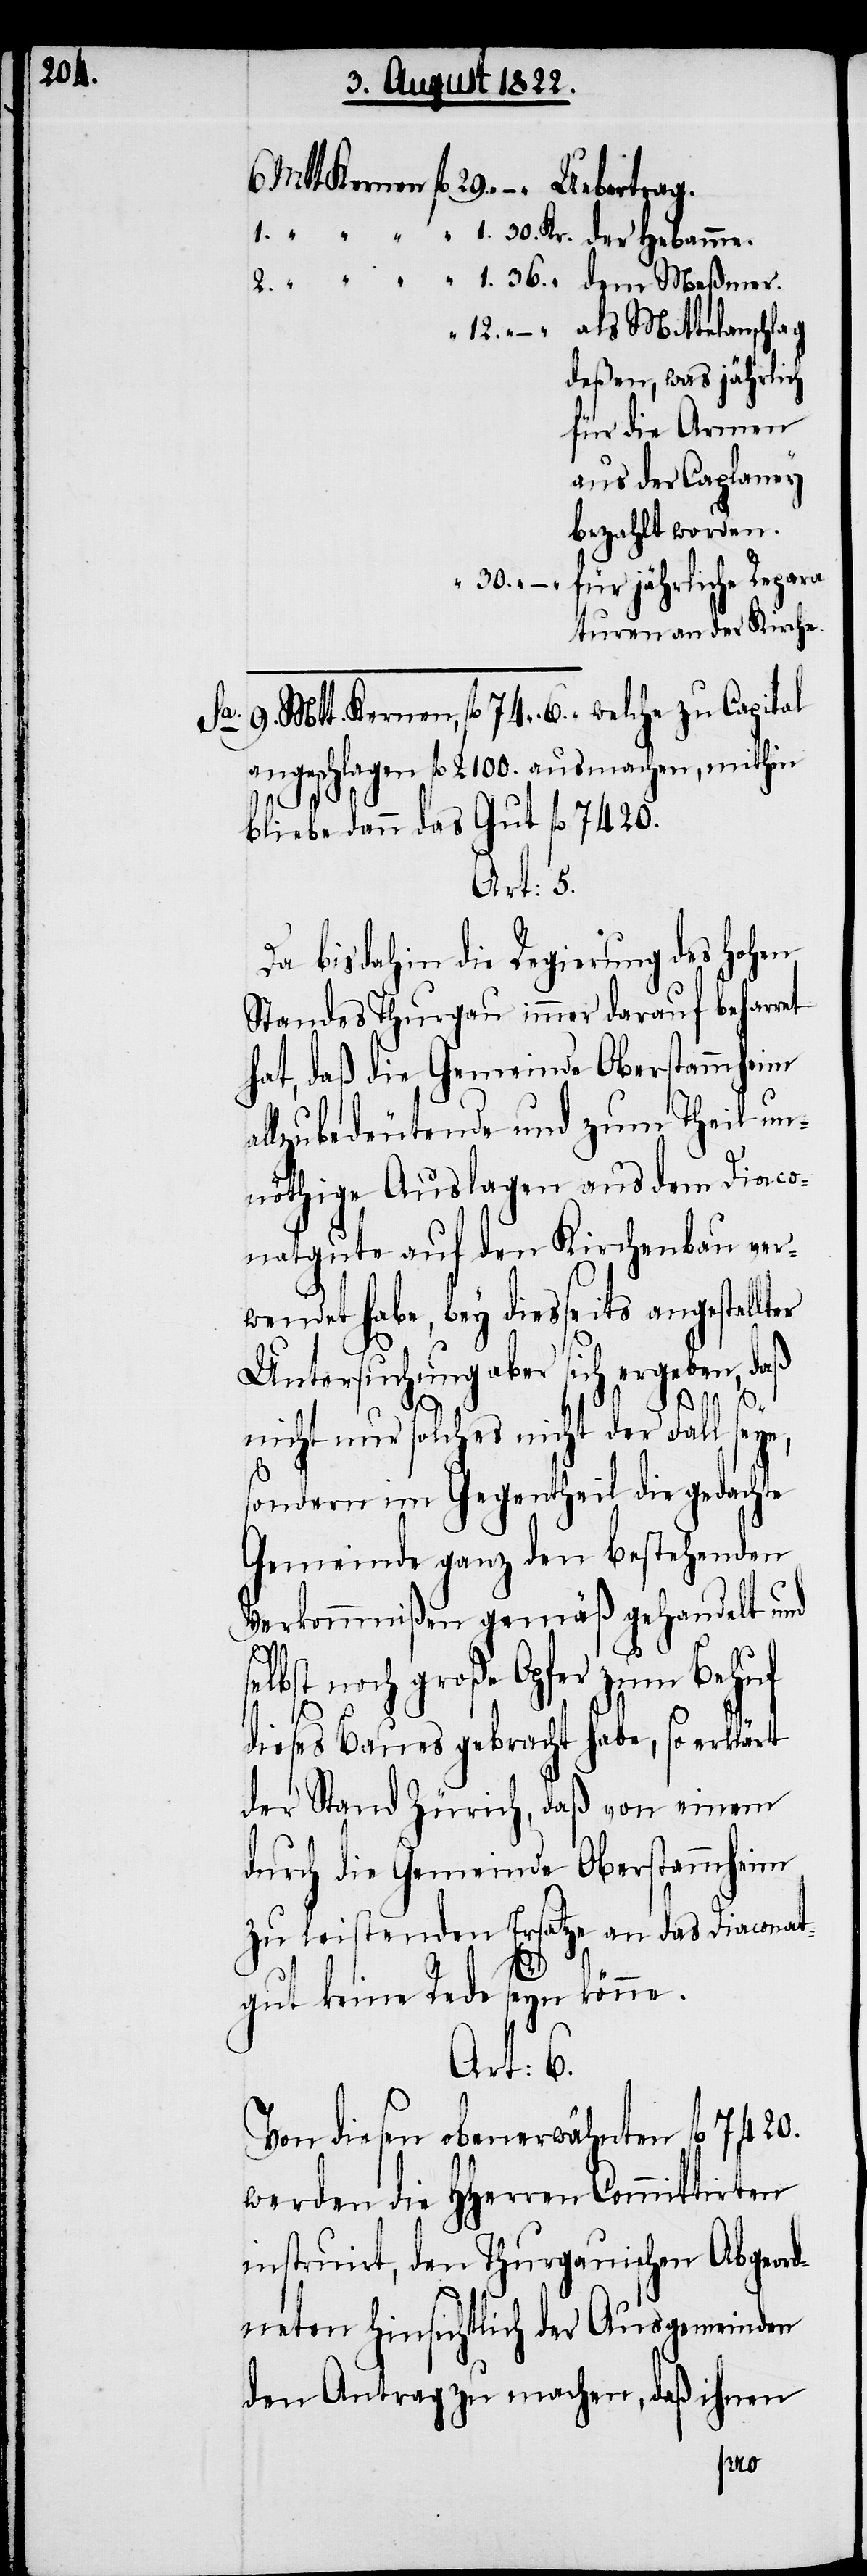
30.

Mtt. Kernen fl. 29. Uebertrag.
„ 12. „ – „ 	 als Mittelanschlag
deßen, was jährlich
für die Armen
bezahlt worden.
„ 30. „ – „
für jährliche Repara¬
turen an der Kirche.
Sa. 9. Mtt. Kernen,fl. 74. „ 6. „ welche zu Capital
angeschlagen fl. 2100. ausmachen, mithin
der
bliebe dann das Gut fl. 7420.
Art: 5.
bis dahin die Regierung des hohen
Standes Thurgau immer darauf beharret
hat ,daß die Gemeinde Oberstammheim
lzu bedeutende und zum Theil un¬
nöthige Auslagen aus dem Diaco¬
natgute auf den Kirchenbau ver¬
wendet habe, bey diesseits angestellter
Untersuchung aber sich ergeben, daß
nicht nur solches nicht der Fall seye,
sondern im Gegentheil die gedachte
Gemeinde ganz den bestehenden
Verkommnißen gemäß gehandelt und
elbst noch große Opfer gebracht
so
der Stand Zürich, daß von einem
durch die Gemeinde Oberstammheim
zu leistenden Ersatze an das Diaconat¬
gut keine Rede seyn könne.
Art. 6.
Von diesen oberwähnten fl. 7420.
werden HHerren Committirten
instruirt, den Thurgauischen Abgeord¬
neten hinsichtlich der Ausgemeinden
den Antrag zu machen, daß ihnen
habe,